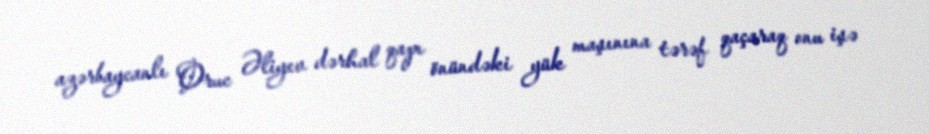
azərbaycanlı Oruc Əliyev dərhal qapı önündəki yük maşınına tərəf qaçaraq onu işə